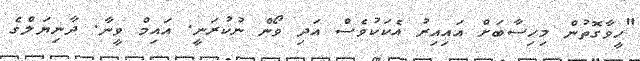
"ހީވާގޮތުން މިހިސާބަށް އައިއިރު އެކަކުވެސް އަދި ވޯން ނުކުރަނީ. އައިމް ވީނާ. ދާނިޔަލްގެ